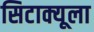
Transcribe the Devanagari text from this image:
सिटाक्यूला